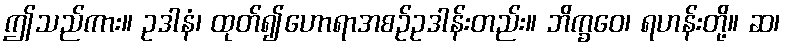
ဤသည်ကား။ ဥဒါနံ၊ ထုတ်၍ဟောရာအစဉ်ဥဒါန်းတည်း။ ဘိက္ခဝေ၊ ရဟန်းတို့။ ဆ၊